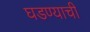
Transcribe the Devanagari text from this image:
घडण्याची